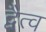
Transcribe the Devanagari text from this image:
द्वैत्व